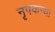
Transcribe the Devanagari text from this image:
नृपकन्या